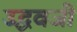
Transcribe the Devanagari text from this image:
उद्धवजी